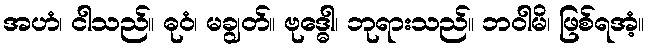
အဟံ၊ ငါသည်။ ဓုဝံ၊ မချွတ်။ ဗုဒ္ဓေါ၊ ဘုရားသည်။ ဘဝါမိ၊ ဖြစ်ရအံ့။